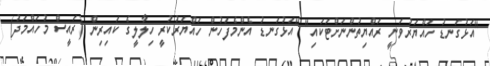
"އަޅުގަނޑު ހައްޔަރުވަނީ ރައްޔިތުންނަށްޓަކައި" "އަޅުގަނޑު އެންމެފަހުން ހައްޔަރުކުރީ ހިލާލީގެ ކައިރިން (ރައީސް މުހައްމަދު)